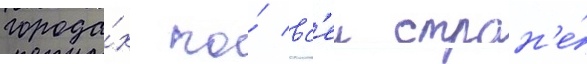
города́х по́ вс'еи стран'е́